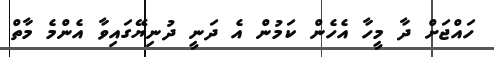
ހައްޖަށް ދާ މީހާ އެހެން ކަމުން އެ ދަނީ ދުނިޔޭގައިވާ އެންމެ މާތް